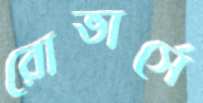
রোভার্সে